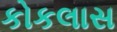
કોકલાસ